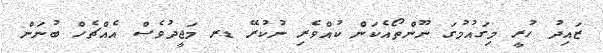
ޒައިދު ހުރީ މިގައުމުގަ ނޫންތޯއެކަން ކުއްވެރި ނުކުރޭ ޑރ މަޖީދުވެސް އެއްޗެހް ބުނަން